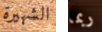
الشهيرة ربما